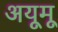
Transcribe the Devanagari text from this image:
अयूमू